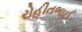
રોહીતભાઈ